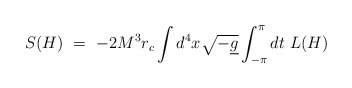
\begin{align*}S(H)\ =\ -2M^3 r_c \int d^4x \sqrt{-\underline{g}}\int_{-\pi}^\pi dt\ L(H)\end{align*}